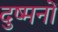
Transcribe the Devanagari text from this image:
दुष्मनों